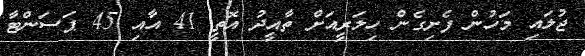
ޖުލައި މަހުން ފެށިގެން ހިލަރީއަށް ތާއީދު އޮތީ 41 އާއި 45 ޕަސަންޓާ